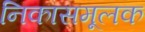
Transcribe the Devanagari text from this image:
निकासमूलक